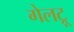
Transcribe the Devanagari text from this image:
गेलट्रू